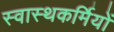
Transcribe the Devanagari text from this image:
स्वास्थकर्मियों